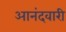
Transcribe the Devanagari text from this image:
आनंदवारी